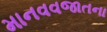
માનવવજાતના